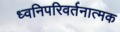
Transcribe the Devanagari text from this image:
ध्वनिपरिवर्तनात्मक